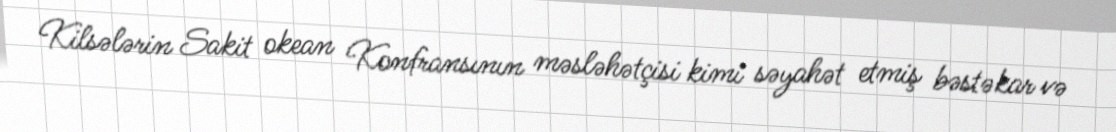
Kilsələrin Sakit okean Konfransının məsləhətçisi kimi səyahət etmiş bəstəkar və